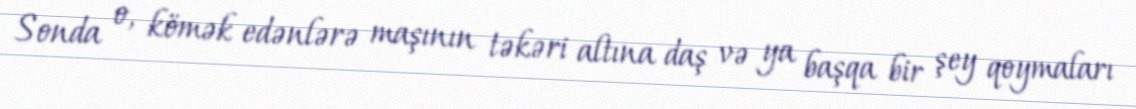
Sonda o, kömək edənlərə maşının təkəri altına daş və ya başqa bir şey qoymaları